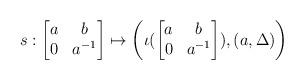
LaTeX: \begin{align*} s: \begin{bmatrix}a&b\\0&a^{-1}\end{bmatrix} \mapsto \left(\iota(\begin{bmatrix}a&b\\0&a^{-1}\end{bmatrix}), (a,\Delta)\right)\end{align*}